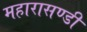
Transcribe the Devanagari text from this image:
महारासण्डी